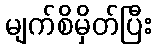
မျက်စိမှိတ်ပြီး